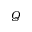
Q